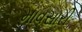
માવસારી